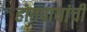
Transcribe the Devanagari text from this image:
हातपायांची